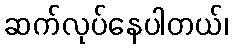
ဆက်လုပ်နေပါတယ်၊